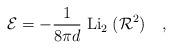
LaTeX: \begin{align*}{\cal E} = - \frac{1}{8\pi d }\; {\rm Li}_2\;({\cal R}^2)\ \ \ ,\end{align*}